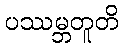
ပဿမ္ဘတူတိ